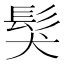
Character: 𩬇